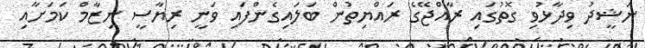
ނަޝީދު ވިދާޅުވި ގޮތުގައި ރާއްޖޭގެ ރައްޔިތުން ބަލައިގެންފައި ވަނީ ރިޔާސީ ނިޒާމް ކަމަށާއި